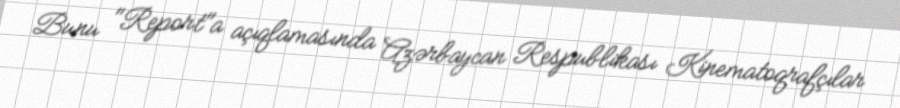
Bunu "Report"a açıqlamasında Azərbaycan Respublikası Kinematoqrafçılar